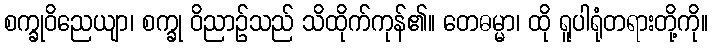
စက္ခုဝိညေယျာ၊ စက္ခု ဝိညာဉ်သည် သိထိုက်ကုန်၏။ တေဓမ္မာ၊ ထို ရူပါရုံတရားတို့ကို။